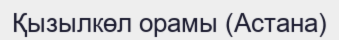
Қызылкөл орамы (Астана)